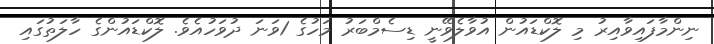
ނިންމާފައިވާއިރު މި ލޮކްޑައުން އުވާލެވޭނީ ޑިސެމްބަރު މަހުގެ 1ވަނަ ދުވަހުއެވެ. ލޮކްޑައުންގެ ހާލަތުގައި